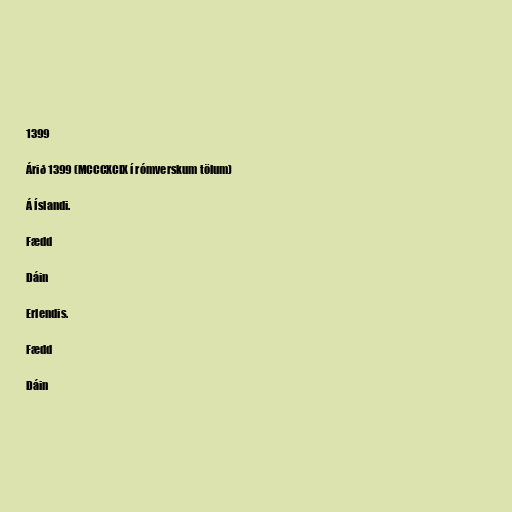
1399

Árið 1399 (MCCCXCIX í rómverskum tölum)

Á Íslandi.

Fædd

Dáin

Erlendis.

Fædd

Dáin